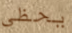
يحظى